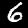
Label: 6